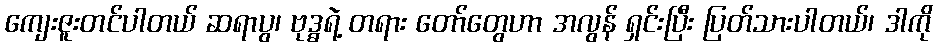
ကျေးဇူးတင်ပါတယ် ဆရာပွ၊ ဗုဒ္ဓရဲ့ တရား တော်တွေဟာ အလွန် ရှင်းပြီး ပြတ်သားပါတယ်၊ ဒါကို